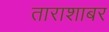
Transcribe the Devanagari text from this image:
ताराशाबर